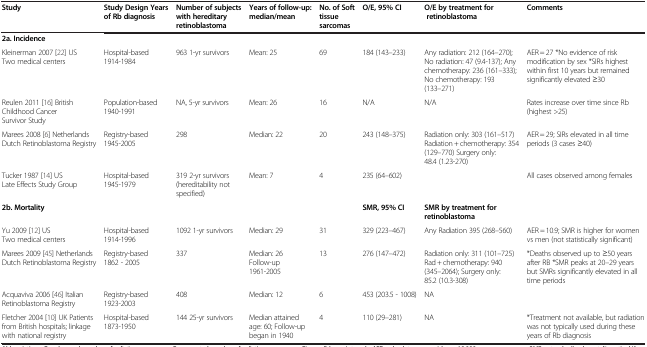
<table><thead><tr><td><b>Study</b></td><td><b>Study Design Years of Rb diagnosis</b></td><td><b>Number of subjects with hereditary retinoblastoma</b></td><td><b>Years of follow-up: median/mean </b></td><td><b>No. of Soft tissue sarcomas</b></td><td><b>O/E, 95% CI</b></td><td><b>O/E by treatment for retinoblastoma</b></td><td><b>Comments</b></td></tr></thead><tbody><tr><td colspan="8"><b>2a. Incidence</b></td></tr><tr><td>Kleinerman 2007[22] US Two medical centers</td><td>Hospital-based 1914-1984</td><td>963 1-yr survivors</td><td>Mean: 25</td><td>69</td><td>184 (143–233)</td><td>Any radiation: 212 (164–270); No radiation: 47 (9.4-137); Any chemotherapy: 236 (161–333); No chemotherapy: 193 (133–271)</td><td>AER = 27 *No evidence of risk modification by sex *SIRs highest within first 10 years but remained significantly elevated ≥30</td></tr><tr><td>Reulen 2011[16] British Childhood Cancer Survivor Study</td><td>Population-based 1940-1991</td><td>NA, 5-yr survivors</td><td>Mean: 26</td><td>16</td><td>N/A</td><td>N/A</td><td>Rates increase over time since Rb (highest &gt;25)</td></tr><tr><td>Marees 2008[6] Netherlands Dutch Retinoblastoma Registry</td><td>Registry-based 1945-2005</td><td>298</td><td>Median: 22</td><td>20</td><td>243 (148–375)</td><td>Radiation only: 303 (161–517) Radiation + chemotherapy: 354 (129–770) Surgery only: 48.4 (1.23-270)</td><td>AER = 29; SIRs elevated in all time periods (3 cases ≥40)</td></tr><tr><td>Tucker 1987[14] US Late Effects Study Group</td><td>Hospital-based 1945-1979</td><td>319 2-yr survivors (hereditability not specified)</td><td>Mean: 7</td><td>4</td><td>235 (64–602)</td><td> </td><td>All cases observed among females</td></tr><tr><td><b>2b. Mortality</b></td><td> </td><td> </td><td> </td><td> </td><td><b>SMR, 95% CI</b></td><td><b>SMR by treatment for retinoblastoma</b></td><td> </td></tr><tr><td>Yu 2009[12] US Two medical centers</td><td>Hospital-based 1914-1996</td><td>1092 1-yr survivors</td><td>Median: 29</td><td>31</td><td>329 (223–467)</td><td>Any Radiation 395 (268–560)</td><td>AER = 10.9; SMR is higher for women vs men (not statistically significant)</td></tr><tr><td>Marees 2009[45] Netherlands Dutch Retinoblastoma Registry</td><td>Registry-based 1862 - 2005</td><td>337</td><td>Median: 26 Follow-up 1961-2005</td><td>13</td><td>276 (147–472)</td><td>Radiation only: 311 (101–725) Rad + chemotherapy: 940 (345–2064); Surgery only: 85.2 (10.3-308)</td><td>*Deaths observed up to ≥50 years after RB *SMR peaks at 20–29 years but SMRs significantly elevated in all time periods</td></tr><tr><td>Acquaviva 2006[46] Italian Retinoblastoma Registry</td><td>Registry-based 1923-2003</td><td>408</td><td>Median: 12</td><td>6</td><td>453 (203.5 - 1008)</td><td>NA</td><td> </td></tr><tr><td>Fletcher 2004[10] UK Patients from British hospitals; linkage with national registry</td><td>Hospital-based 1873-1950</td><td>144 25-yr survivors</td><td>Median attained age: 60; Follow-up began in 1940</td><td>4</td><td>110 (29–281)</td><td>NA</td><td>*Treatment not available, but radiation was not typically used during these years of Rb diagnosis</td></tr></tbody></table>